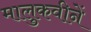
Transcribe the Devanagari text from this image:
मालुकवीनें